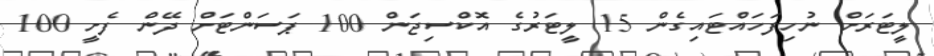
ލީޓަރަށް ނުހިފަހައްޓައިގެން 15 ލީޓަރުގެ އޮކްސިޖަން 100 ޕަސަންޓަށް ދޭން ފެށީ 100